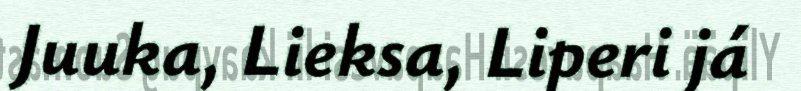
Juuka, Lieksa, Liperi já